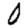
Digit: 0